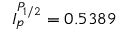
I _ { p } ^ { P _ { 1 / 2 } } = 0 . 5 3 8 9